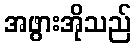
အဖွားအိုသည်